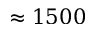
\approx 1 5 0 0